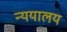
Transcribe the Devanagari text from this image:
न्ययालय